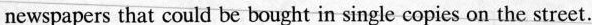
newspapers that could be bought in single copies on the street.